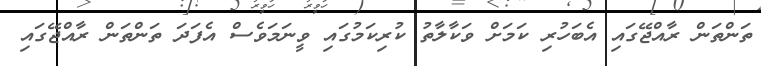
ތަންތަން ރާއްޖޭގައި އެބަހުރި ކަމަށް ވަކާލާތު ކުރިކަމުގައި ވީނަމަވެސް އެފަދަ ތަންތަން ރާއްޖޭގައި